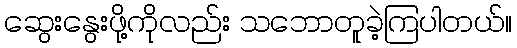
ဆွေးနွေးဖို့ကိုလည်း သဘောတူခဲ့ကြပါတယ်။